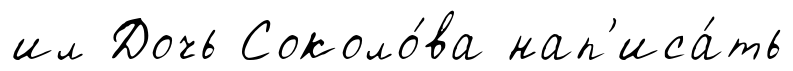
ил Дочь Соколо́ва нап'иса́ть